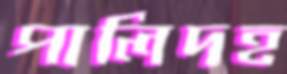
পালিদহ